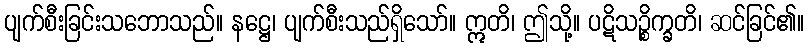
ပျက်စီးခြင်းသဘောသည်။ နဋ္ဌေ၊ ပျက်စီးသည်ရှိသော်။ ဣတိ၊ ဤသို့။ ပဋိသဉ္စိက္ခတိ၊ ဆင်ခြင်၏။